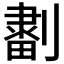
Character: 𠟷